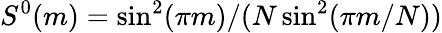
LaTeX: S^{0}(m)=\sin^{2}(\pi m)/(N\sin^{2}(\pi m/N))